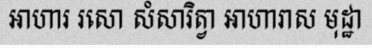
ឤហារ រសោ សំសារិត្វា ឤហារាស មុដ្ឋា